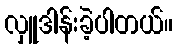
လှူဒါန်းခဲ့ပါတယ်။